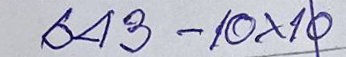
643 - 10x10